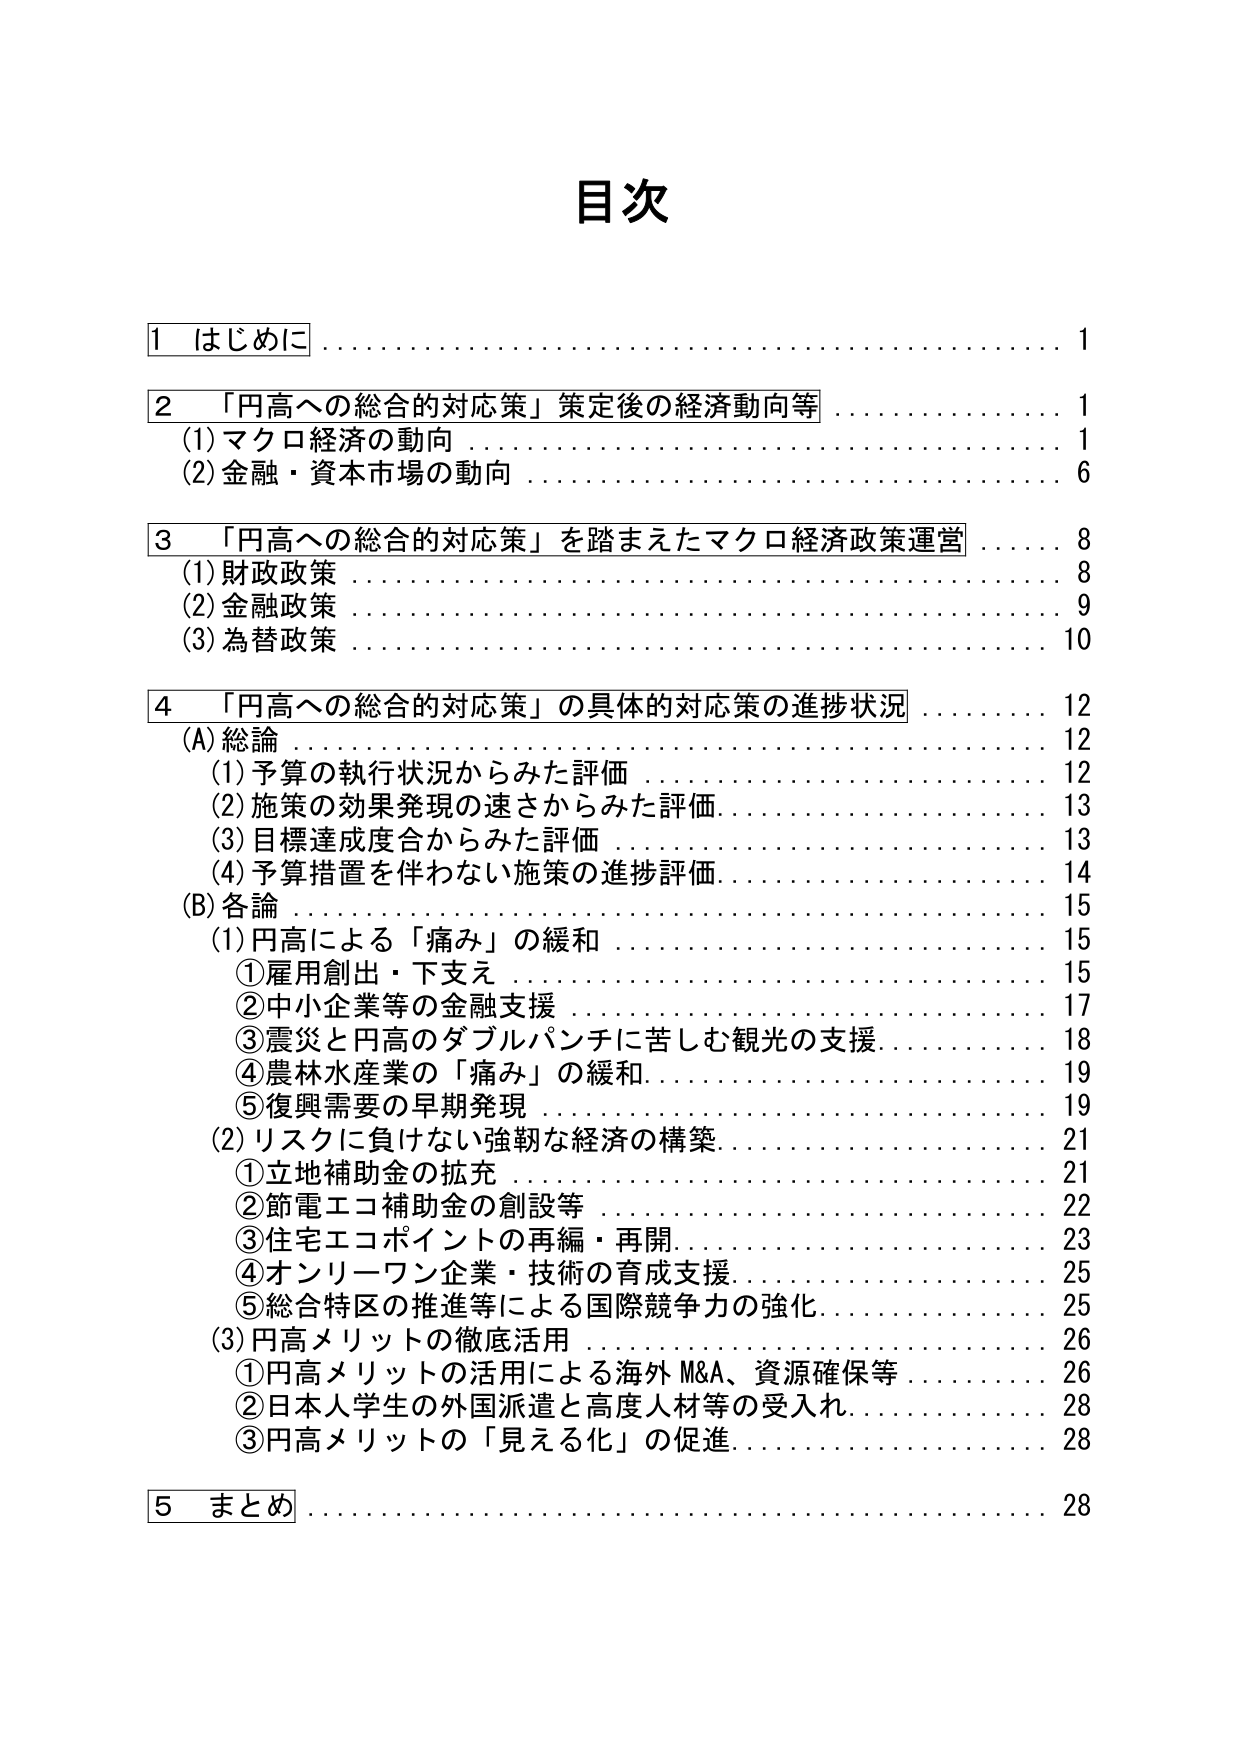
目次

1 はじめに …………………………………………………… 1

2 「円高への総合的対応策」策定後の経済動向等 …………………… 1
　(1) マクロ経済の動向 ………………………………………… 1
　(2) 金融・資本市場の動向 …………………………………… 6

3 「円高への総合的対応策」を踏まえたマクロ経済政策運営 ………… 8
　(1) 財政政策 ………………………………………………… 8
　(2) 金融政策 ………………………………………………… 9
　(3) 為替政策 ………………………………………………… 10

4 「円高への総合的対応策」の具体的対応策の進捗状況 …………… 12
　(A) 総論 ……………………………………………………… 12
　　(1) 予算の執行状況からみた評価 ………………………… 12
　　(2) 施策の効果発現の速さからみた評価 ………………… 13
　　(3) 目標達成度合からみた評価 …………………………… 13
　　(4) 予算措置を伴わない施策の進捗評価 ………………… 14
　(B) 各論 ……………………………………………………… 15
　　(1) 円高による「痛み」の緩和 …………………………… 15
　　　① 雇用創出・下支え …………………………………… 15
　　　② 中小企業等の金融支援 ……………………………… 17
　　　③ 震災と円高のダブルパンチに苦しむ観光の支援 …… 18
　　　④ 農林水産業の「痛み」の緩和 ……………………… 19
　　　⑤ 復興需要の早期発現 ………………………………… 19
　　(2) リスクに負けない強靭な経済の構築 …………………… 21
　　　① 立地補助金の拡充 …………………………………… 21
　　　② 節電エコ補助金の創設等 …………………………… 22
　　　③ 住宅エコポイントの再編・再開 …………………… 23
　　　④ オンリーワン企業・技術の育成支援 ……………… 25
　　　⑤ 総合特区の推進等による国際競争力の強化 ………… 25
　　(3) 円高メリットの徹底活用 ……………………………… 26
　　　① 円高メリットの活用による海外M&A、資源確保等 … 26
　　　② 日本人学生の外国派遣と高度人材等の受入れ ……… 28
　　　③ 円高メリットの「見える化」の促進 ……………… 28

5 まとめ ………………………………………………………… 28